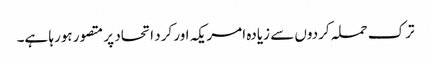
ترک حملہ کردوں سے زیادہ امریکہ اور کرد اتحاد پر متصور ہورہا ہے۔